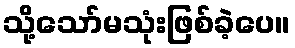
သို့သော်မသုံးဖြစ်ခဲ့ပေ။